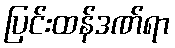
ပြင်းထန်ဒဏ်ရာ